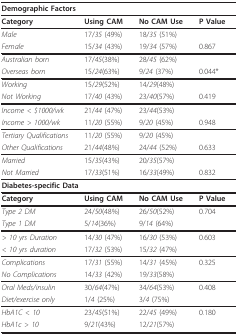
<table><thead><tr><td colspan="4"><b>Demographic Factors</b></td></tr></thead><tbody><tr><td><b>Category</b></td><td><b>Using CAM</b></td><td><b>No CAM Use</b></td><td><b>P Value</b></td></tr><tr><td><i>Male</i></td><td>17/<i>35 </i>(49%)</td><td>18/<i>35 </i>(51%)</td><td></td></tr><tr><td><i>Female </i></td><td>15/<i>34 </i>(43%)</td><td>19/<i>34 </i>(57%)</td><td>0.867</td></tr><tr><td><i>Australian born</i></td><td>17/<i>45</i>(38%)</td><td>28/<i>45 </i>(62%)</td><td></td></tr><tr><td><i>Overseas born </i></td><td>15/<i>24</i>(63%)</td><td>9/<i>24 </i>(37%)</td><td>0.044*</td></tr><tr><td><i>Working</i></td><td>15/<i>29</i>(52%)</td><td>14/<i>29</i>(48%)</td><td></td></tr><tr><td><i>Not Working </i></td><td>17/<i>40 </i>(43%)</td><td>23/<i>40</i>(57%)</td><td>0.419</td></tr><tr><td><i>Income &lt; $1000/wk</i></td><td>21/<i>44 </i>(47%)</td><td>23/<i>44</i>(53%)</td><td></td></tr><tr><td><i>Income &gt; 1000/wk</i></td><td>11/<i>20 </i>(55%)</td><td>9/<i>20 </i>(45%)</td><td>0.948</td></tr><tr><td><i>Tertiary Qualifications</i></td><td>11/<i>20 </i>(55%)</td><td>9/<i>20 </i>(45%)</td><td></td></tr><tr><td><i>Other Qualifications</i></td><td>21/<i>44</i>(48%)</td><td>24/<i>44 </i>(52%)</td><td>0.633</td></tr><tr><td><i>Married</i></td><td>15/<i>35</i>(43%)</td><td>20/<i>35</i>(57%)</td><td></td></tr><tr><td><i>Not Married </i></td><td>17/<i>33</i>(51%)</td><td>16/<i>33</i>(49%)</td><td>0.832</td></tr><tr><td colspan="4"><b>Diabetes-specific Data</b></td></tr><tr><td><b>Category</b></td><td><b>Using CAM</b></td><td><b>No CAM Use</b></td><td><b>P Value</b></td></tr><tr><td><i>Type 2 DM</i></td><td>24/<i>50</i>(48%)</td><td>26/<i>50</i>(52%)</td><td>0.704</td></tr><tr><td><i>Type 1 DM</i></td><td>5/<i>14</i>(36%)</td><td>9/<i>14 </i>(64%)</td><td></td></tr><tr><td><i>&gt; 10 yrs Duration</i></td><td>14/<i>30 </i>(47%)</td><td>16/<i>30 </i>(53%)</td><td>0.603</td></tr><tr><td><i>&lt; 10 yrs duration</i></td><td>17/<i>32 </i>(53%)</td><td>15/<i>32 </i>(47%)</td><td></td></tr><tr><td><i>Complications</i></td><td>17/<i>31 </i>(55%)</td><td>14/<i>31 </i>(45%)</td><td>0.325</td></tr><tr><td><i>No Complications</i></td><td>14/<i>33 </i>(42%)</td><td>19/<i>33</i>(58%)</td><td></td></tr><tr><td><i>Oral Meds/insulin</i></td><td>30/<i>64</i>(47%)</td><td>34/<i>64</i>(53%)</td><td>0.408</td></tr><tr><td><i>Diet/exercise only</i></td><td>1/<i>4 </i>(25%)</td><td>3/<i>4 </i>(75%)</td><td></td></tr><tr><td><i>HbA1C &lt; 10</i></td><td>23/<i>45</i>(51%)</td><td>22/<i>45 </i>(49%)</td><td>0.180</td></tr><tr><td><i>HbA1c &gt; 10</i></td><td>9/<i>21</i>(43%)</td><td>12/<i>21</i>(57%)</td><td></td></tr></tbody></table>